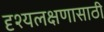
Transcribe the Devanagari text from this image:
दृश्यलक्षणासाठी